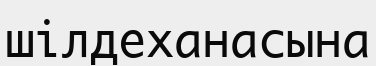
шілдеханасына